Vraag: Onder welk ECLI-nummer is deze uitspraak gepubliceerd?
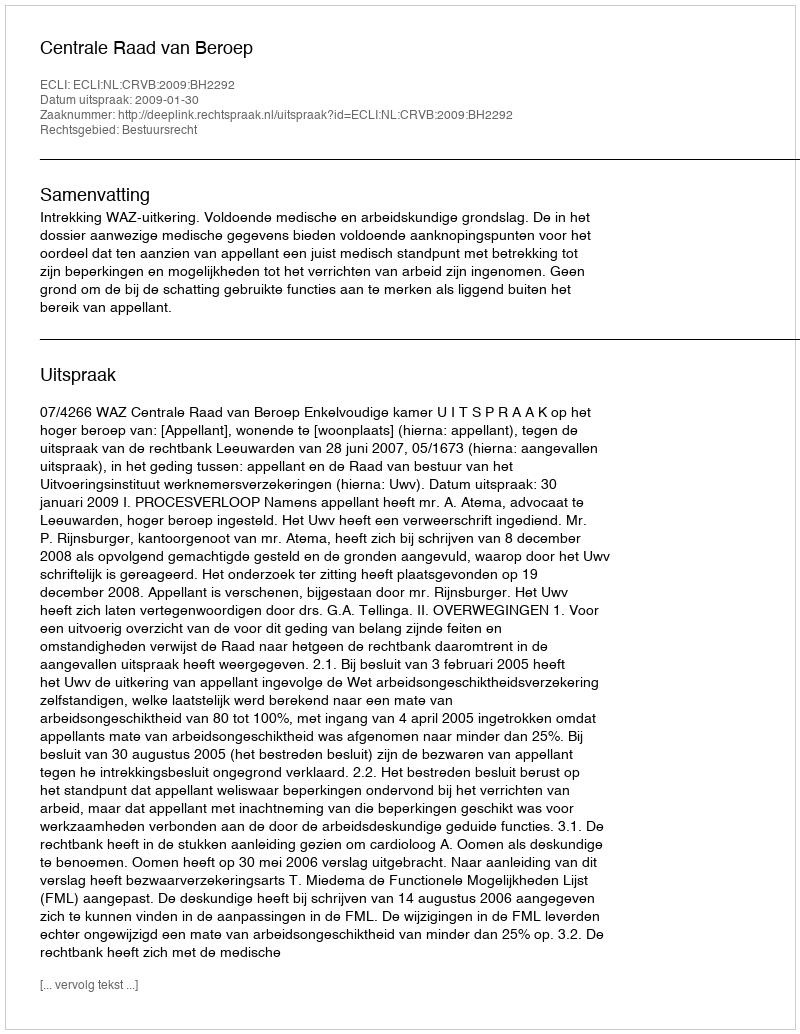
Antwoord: ECLI:NL:CRVB:2009:BH2292